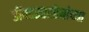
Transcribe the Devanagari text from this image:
डॉक्टरसाहेबांच्या